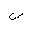
Letter: _sin